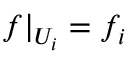
f | _ { U _ { i } } = f _ { i }